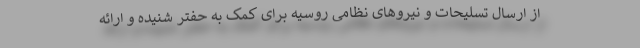
از ارسال تسلیحات و نیروهای نظامی روسیه برای کمک به حفتر شنیده و ارائه